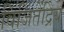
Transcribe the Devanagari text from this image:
विजितेंद्रिय